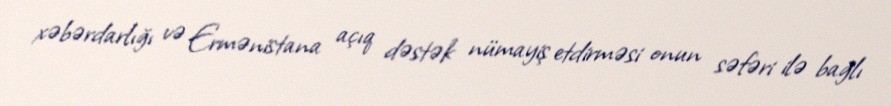
xəbərdarlığı və Ermənistana açıq dəstək nümayiş etdirməsi onun səfəri ilə bağlı